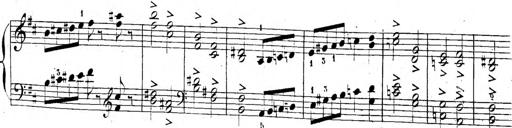
Title: 6 Sonatinen, Op.95
Composer: Ferdinand Hiller
Key: Various